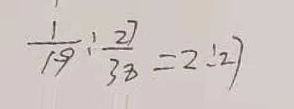
\frac { 1 } { 1 9 } : \frac { 2 7 } { 3 8 } = 2 : 2 7